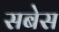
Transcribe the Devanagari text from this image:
सबेस